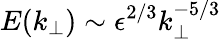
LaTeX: E(k_{\perp})\sim\epsilon^{2/3}k_{\perp}^{-5/3}